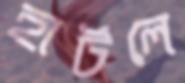
হার্টলে